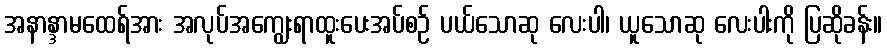
အနာန္ဒာမထေရ်အား အလုပ်အကျွေးရာထူးပေးအပ်စဉ် ပယ်သောဆု လေးပါ၊ ယူသောဆု လေးပါးကို ပြဆိုခန်း။